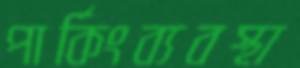
পার্কিংব্যবস্থা